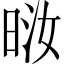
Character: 𪰤